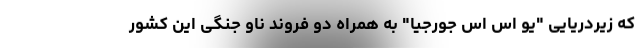
که زیردریایی "یو اس اس جورجیا" به همراه دو فروند ناو جنگی این کشور